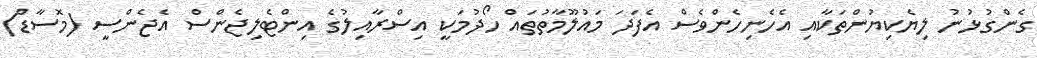
ގެންގުޅުނު ލިޔެކިޔުންތަކާއި އެހެނިހެންވެސް އެފަދަ މައުލޫމާތުތައް ހޯދުމަކީ އިސްރާއިލުގެ އިންޓެލިޖެންސް އެޖެންސީ (މޮސާޑް)